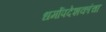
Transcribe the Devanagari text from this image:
धर्मोपदेशकांचा